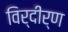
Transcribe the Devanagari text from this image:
विर्दीर्ण